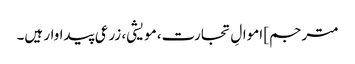
مترجم] اموالِ تجارت، مویشی، زرعی پیداوار ہیں۔